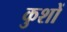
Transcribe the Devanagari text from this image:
कुशों